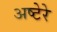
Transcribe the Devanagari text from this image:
अष्टेरे